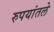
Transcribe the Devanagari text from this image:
रुपयांतले